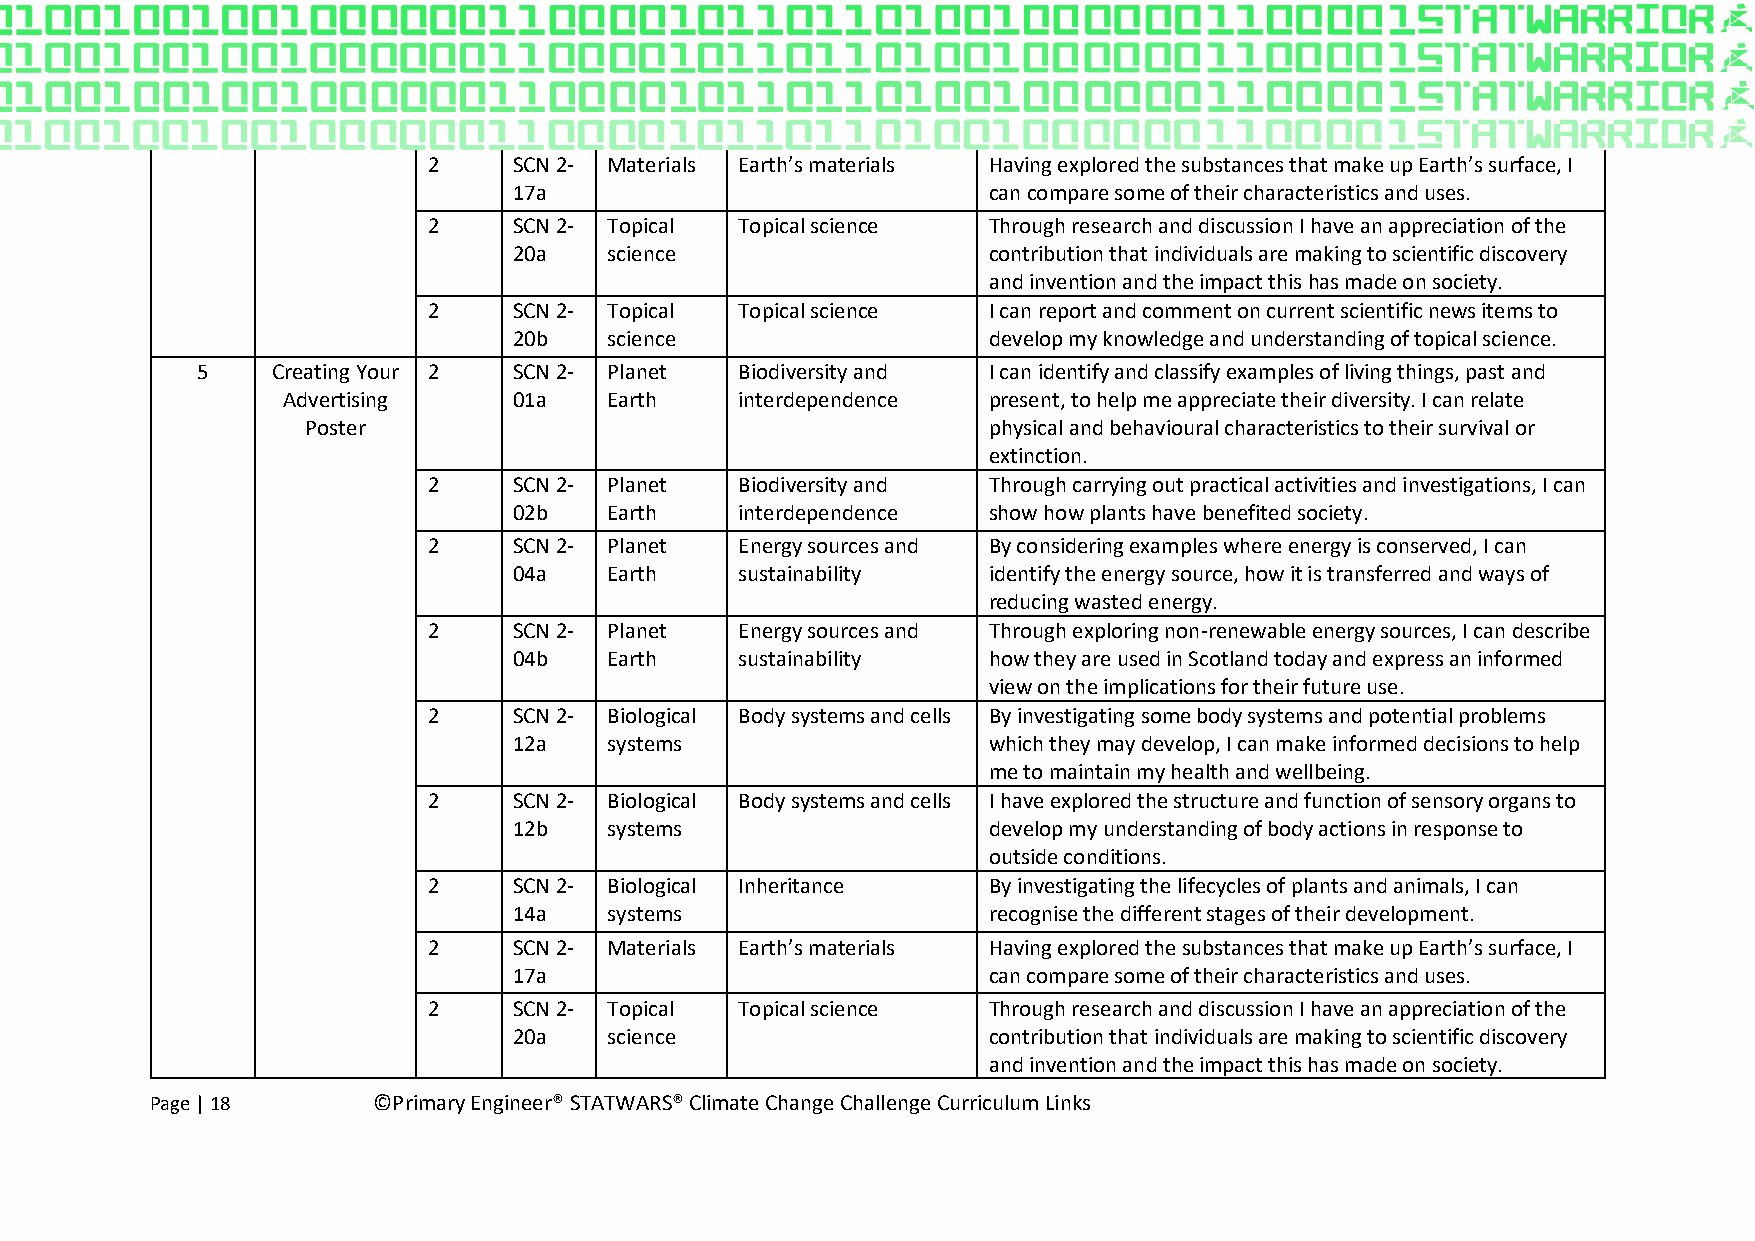
2     SCN 2- Materials Earth’s materials Having explored the substances that make up Earth’s surface, I
 17a                            can compare some of their characteristics and uses.
 2     SCN 2- Topical Topical science Through research and discussion I have an appreciation of the
 20a   science                  contribution that individuals are making to scientific discovery
 and invention and the impact this has made on society.
 2     SCN 2- Topical Topical science I can report and comment on current scientific news items to
 20b   science                  develop my knowledge and understanding of topical science.
 5    Creating Your 2 SCN 2- Planet  Biodiversity and I can identify and classify examples of living things, past and
 Advertising    01a   Earth    interdependence present, to help me appreciate their diversity. I can relate
 Poster                                       physical and behavioural characteristics to their survival or
 extinction.
 2     SCN 2- Planet  Biodiversity and Through carrying out practical activities and investigations, I can
 02b   Earth    interdependence show how plants have benefited society.
 2     SCN 2- Planet  Energy sources and By considering examples where energy is conserved, I can
 04a   Earth    sustainability  identify the energy source, how it is transferred and ways of
 reducing wasted energy.
 2     SCN 2- Planet  Energy sources and Through exploring non-renewable energy sources, I can describe
 04b   Earth    sustainability  how they are used in Scotland today and express an informed
 view on the implications for their future use.
 2     SCN 2- Biological Body systems and cells By investigating some body systems and potential problems
 12a   systems                  which they may develop, I can make informed decisions to help
 me to maintain my health and wellbeing.
 2     SCN 2- Biological Body systems and cells I have explored the structure and function of sensory organs to
 12b   systems                  develop my understanding of body actions in response to
 outside conditions.
 2     SCN 2- Biological Inheritance  By investigating the lifecycles of plants and animals, I can
 14a   systems                  recognise the different stages of their development.
 2     SCN 2- Materials Earth’s materials Having explored the substances that make up Earth’s surface, I
 17a                            can compare some of their characteristics and uses.
 2     SCN 2- Topical Topical science Through research and discussion I have an appreciation of the
 20a   science                  contribution that individuals are making to scientific discovery
 and invention and the impact this has made on society.
 Page | 18      ©Primary Engineer® STATWARS® Climate Change Challenge Curriculum Links